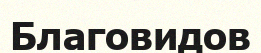
Благовидов